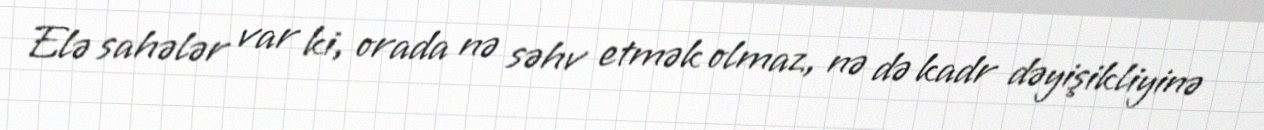
Elə sahələr var ki, orada nə səhv etmək olmaz, nə də kadr dəyişikliyinə